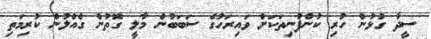
ސީދާ ގުޅުން ހުރި ކުންފުނިތަކަށް ވައިރަހުގެ ސަބަބުން މާލީ ގޮތުން ގެއްލުން ކުރިމަތި